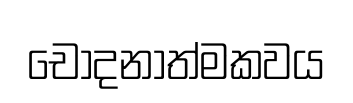
චෝදනාත්මකවය